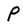
Character: P